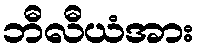
ဘီလီယံအား